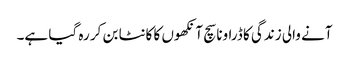
آنے والی زندگی کا ڈراونا سچ آنکھوں کا کانٹا بن کر رہ گیا ہے۔